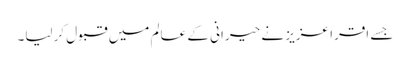
جسے اقرا عزیز نے حیرانی کے عالم میں قبول کرلیا۔